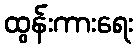
ထွန်းကားရေး